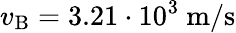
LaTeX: v_{\mathrm{B}}=3.21\cdot 10^{3}~\mathrm{m/s}